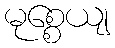
မုစ္စေယျ